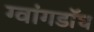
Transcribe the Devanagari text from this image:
ग्वांगडॉघ